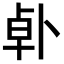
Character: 𪟿